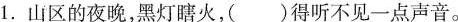
1.山区的夜晚，黑灯瞎火，()得听不见一点声音。